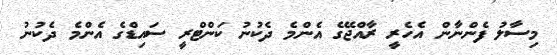
މިސާލު ފެންނާން އެހެރީ ރާއްޖޭގެ އެންމެ ދެކުނު ކަންޓްރީ ސައިޑްގެ އެންމެ ދެކުނު